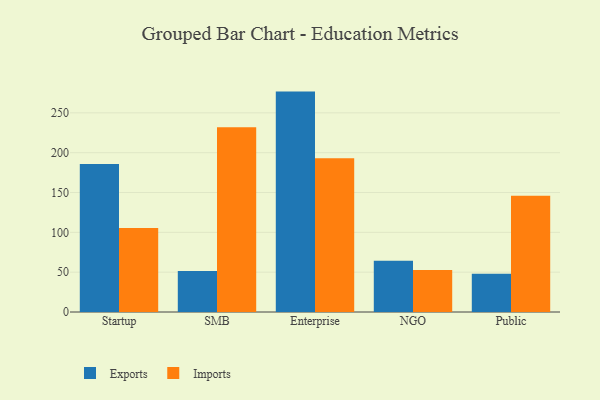
{"axis": {"x": "Segment", "y": "Active Users"}, "legend": ["Exports", "Imports"], "data": [{"x": "Startup", "y": 185.9, "type": "Exports"}, {"x": "Startup", "y": 105.6, "type": "Imports"}, {"x": "SMB", "y": 51.6, "type": "Exports"}, {"x": "SMB", "y": 231.9, "type": "Imports"}, {"x": "Enterprise", "y": 276.7, "type": "Exports"}, {"x": "Enterprise", "y": 193.1, "type": "Imports"}, {"x": "NGO", "y": 64.4, "type": "Exports"}, {"x": "NGO", "y": 52.8, "type": "Imports"}, {"x": "Public", "y": 48.0, "type": "Exports"}, {"x": "Public", "y": 145.8, "type": "Imports"}]}